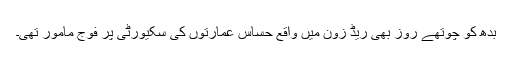
بدھ کو چوتھے روز بھی ریڈ زون میں واقع حساس عمارتوں کی سکیورٹی پر فوج مامور تھی۔